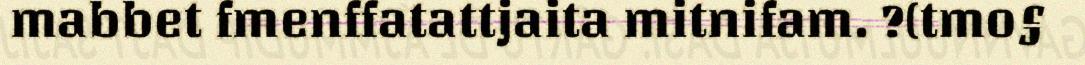
mabbet fmenffatattjaita mitnifam. ?(tmo§